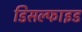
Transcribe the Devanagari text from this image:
डिसल्फाइड